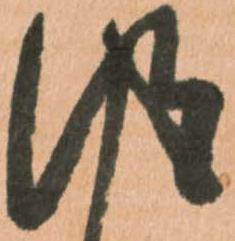
得